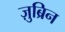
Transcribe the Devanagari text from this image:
ज़ुब्रिन